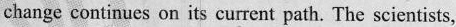
change continues on its current path. The scientists,